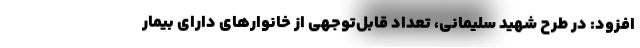
افزود: در طرح شهید سلیمانی، تعداد قابل‌توجهی از خانوارهای دارای بیمار